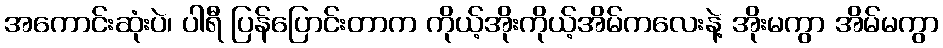
အကောင်းဆုံးပဲ၊ ပါရီ ပြန်ပြောင်းတာက ကိုယ့်အိုးကိုယ့်အိမ်ကလေးနဲ့ အိုးမကွာ အိမ်မကွာ